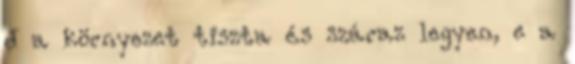
d a környezet tiszta és száraz legyen, e a